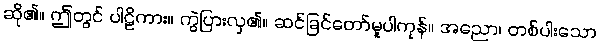
ဆို၏။ ဤတွင် ပါဠိကား။ ကွဲပြားလှ၏။ ဆင်ခြင်တော်မူပါကုန်။ အညော၊ တစ်ပါးသော